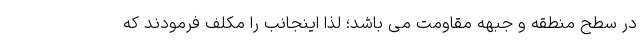
در سطح منطقه و جبهه مقاومت می باشد؛ لذا اینجانب را مکلف فرمودند که